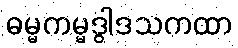
ဓမ္မကမ္မဒွါဒသကထာ